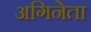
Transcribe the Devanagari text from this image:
अगिनेता